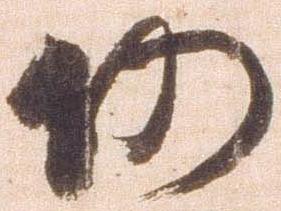
仍